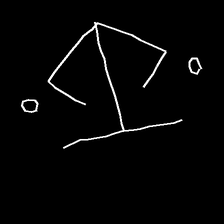
Glyph: earth